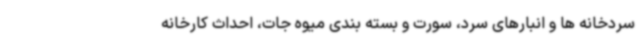
سردخانه ها و انبارهای سرد، سورت و بسته بندی میوه جات، احداث کارخانه